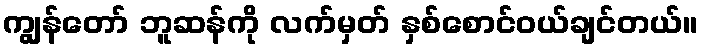
ကျွန်တော် ဘူဆန်ကို လက်မှတ် နှစ်စောင်ဝယ်ချင်တယ်။